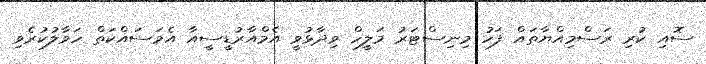
ސޮއި ކުރި ރަސްމިއްޔާތައް ފަހު މިނިސްޓަރު މަލީހް ވިދާޅުވީ އެމްއާރުޑީސީއާ އެމަސައްކަތް ހަވާލުކުރެވި